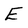
Character: E